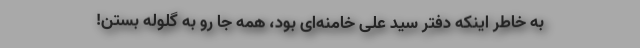
به خاطر اینکه دفتر سید علی خامنه‌ای بود، همه جا رو به گلوله بستن!